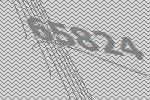
65824